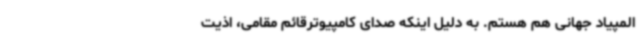
المپیاد جهانی هم هستم. به دلیل اینکه صدای کامپیوترقائم مقامی، اذیت